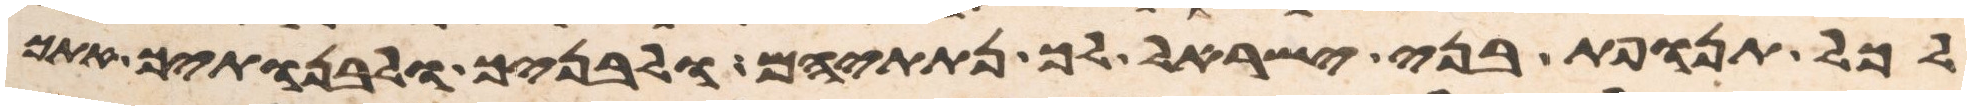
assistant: לכל תנופת בני ישראל לך נתתים ולבניך ולבנתיך אתך